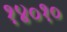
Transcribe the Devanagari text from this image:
१४०१०